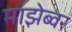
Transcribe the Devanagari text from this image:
माझेब्वर